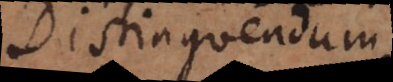
Distinguendu